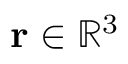
\mathbf { r } \in { \mathbb { R } } ^ { 3 }